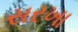
સરખા